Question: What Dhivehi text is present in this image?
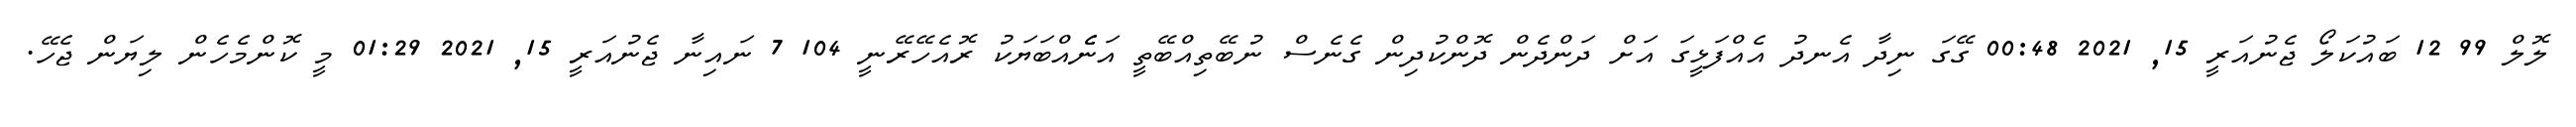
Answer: ލޮލް 99 12 ބައުކަލޯ ޖެނުއަރީ 15, 2021 00:48 ގޭގަ ނިދާ އެނދު އެއްފަޅީގަ އަށް ދަންދެން ދޮންކުދިން ގެނެސް ނުބޭތިއްބޭތީ އަނެެއްބަޔަކު ރޮއެހޭރޭނީ 104 7 ނައިނާ ޖެނުއަރީ 15, 2021 01:29 މީ ކޮންމެހެން ލިޔަން ޖެހޭ.